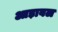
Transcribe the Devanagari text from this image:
आड़ावल